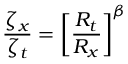
\frac { \zeta _ { x } } { \zeta _ { t } } = \left[ \frac { R _ { t } } { R _ { x } } \right] ^ { \beta }